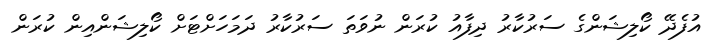
އުފެދޭ ކޯލިޝަންގެ ސަރުކާރު ދިފާއު ކުރަން ނުވަތަ ސަރުކާރު ދަމަހަށްޓަށް ކޯލިޝަންއިން ކުރަން